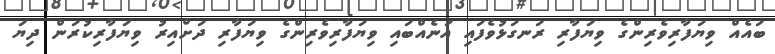
ބައެއް ވިޔަފާރިވެރިންގެ ވިޔަފާރި ރަނގަޅުވެފައި އަނެއްބައި ވިޔަފާރިވެރިންގެ ވިޔަފާރި ދަށްއިރު ވިޔަފާރިކުރަން ދިޔަ